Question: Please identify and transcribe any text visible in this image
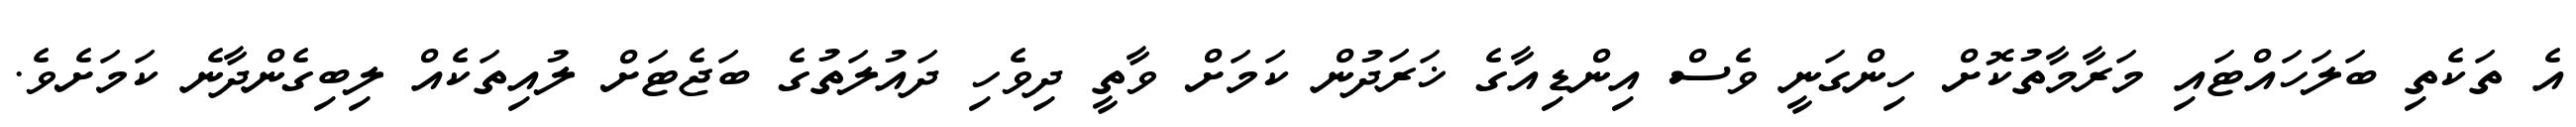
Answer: އެ ތަކެތި ބަލަހައްޓައި މަރާމާތުކޮށް ހިންގަނީ ވެސް އިންޑިއާގެ ޚަރަދުން ކަމަށް ވާތީ ދިވެހި ދައުލަތުގެ ބަޖެޓަށް ލުއިތަކެއް ލިބިގެންދާނެ ކަމަށެވެ.